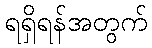
ရရှိရန်အတွက်